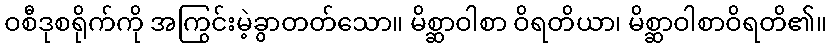
ဝစီဒုစရိုက်ကို အကြွင်းမဲ့ခွာတတ်သော။ မိစ္ဆာဝါစာ ဝိရတိယာ၊ မိစ္ဆာဝါစာဝိရတိ၏။